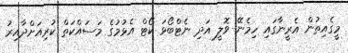
މީގެއިތުން އެރީނާގައި ހިމެނޭ ވޮލީ އަދި ނެޓްބޯޅަ ކޯޓް އެޅުމުގެ މަސައްކަތް ކުރިއަށްދާއިރު